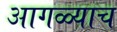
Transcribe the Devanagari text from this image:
आगळ्याच